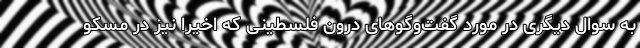
به سوال دیگری در مورد گفت‌وگوهای درون فلسطینی که اخیرا نیز در مسکو